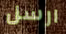
ارسل